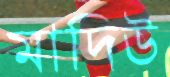
মাদিউ